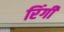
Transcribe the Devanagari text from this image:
रिंगी